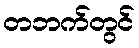
တဘက်တွင်